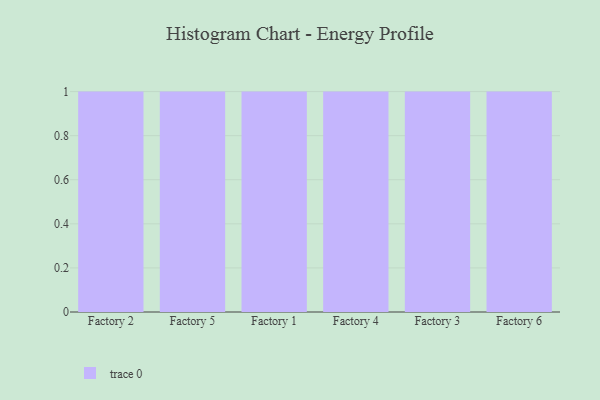
{"axis": {"x": "Factory", "y": "Humidity (%)"}, "legend": [""], "data": [{"x": "Factory 2", "y": 37, "type": ""}, {"x": "Factory 5", "y": 27, "type": ""}, {"x": "Factory 1", "y": 16, "type": ""}, {"x": "Factory 4", "y": 28, "type": ""}, {"x": "Factory 3", "y": 98, "type": ""}, {"x": "Factory 6", "y": 20, "type": ""}]}